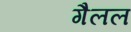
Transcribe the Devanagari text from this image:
गैलल